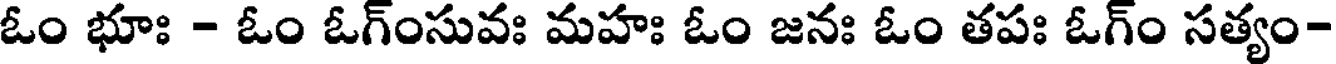
ఓం భూః - ఓం ఓగ్ంసువః మహః ఓం జనః ఓం తపః ఓగ్ం సత్యం-